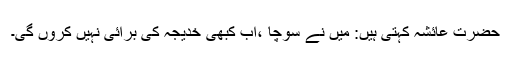
حضرت عائشہ کہتی ہیں: میں نے سوچا ،اب کبھی خدیجہ کی برائی نہیں کروں گی۔